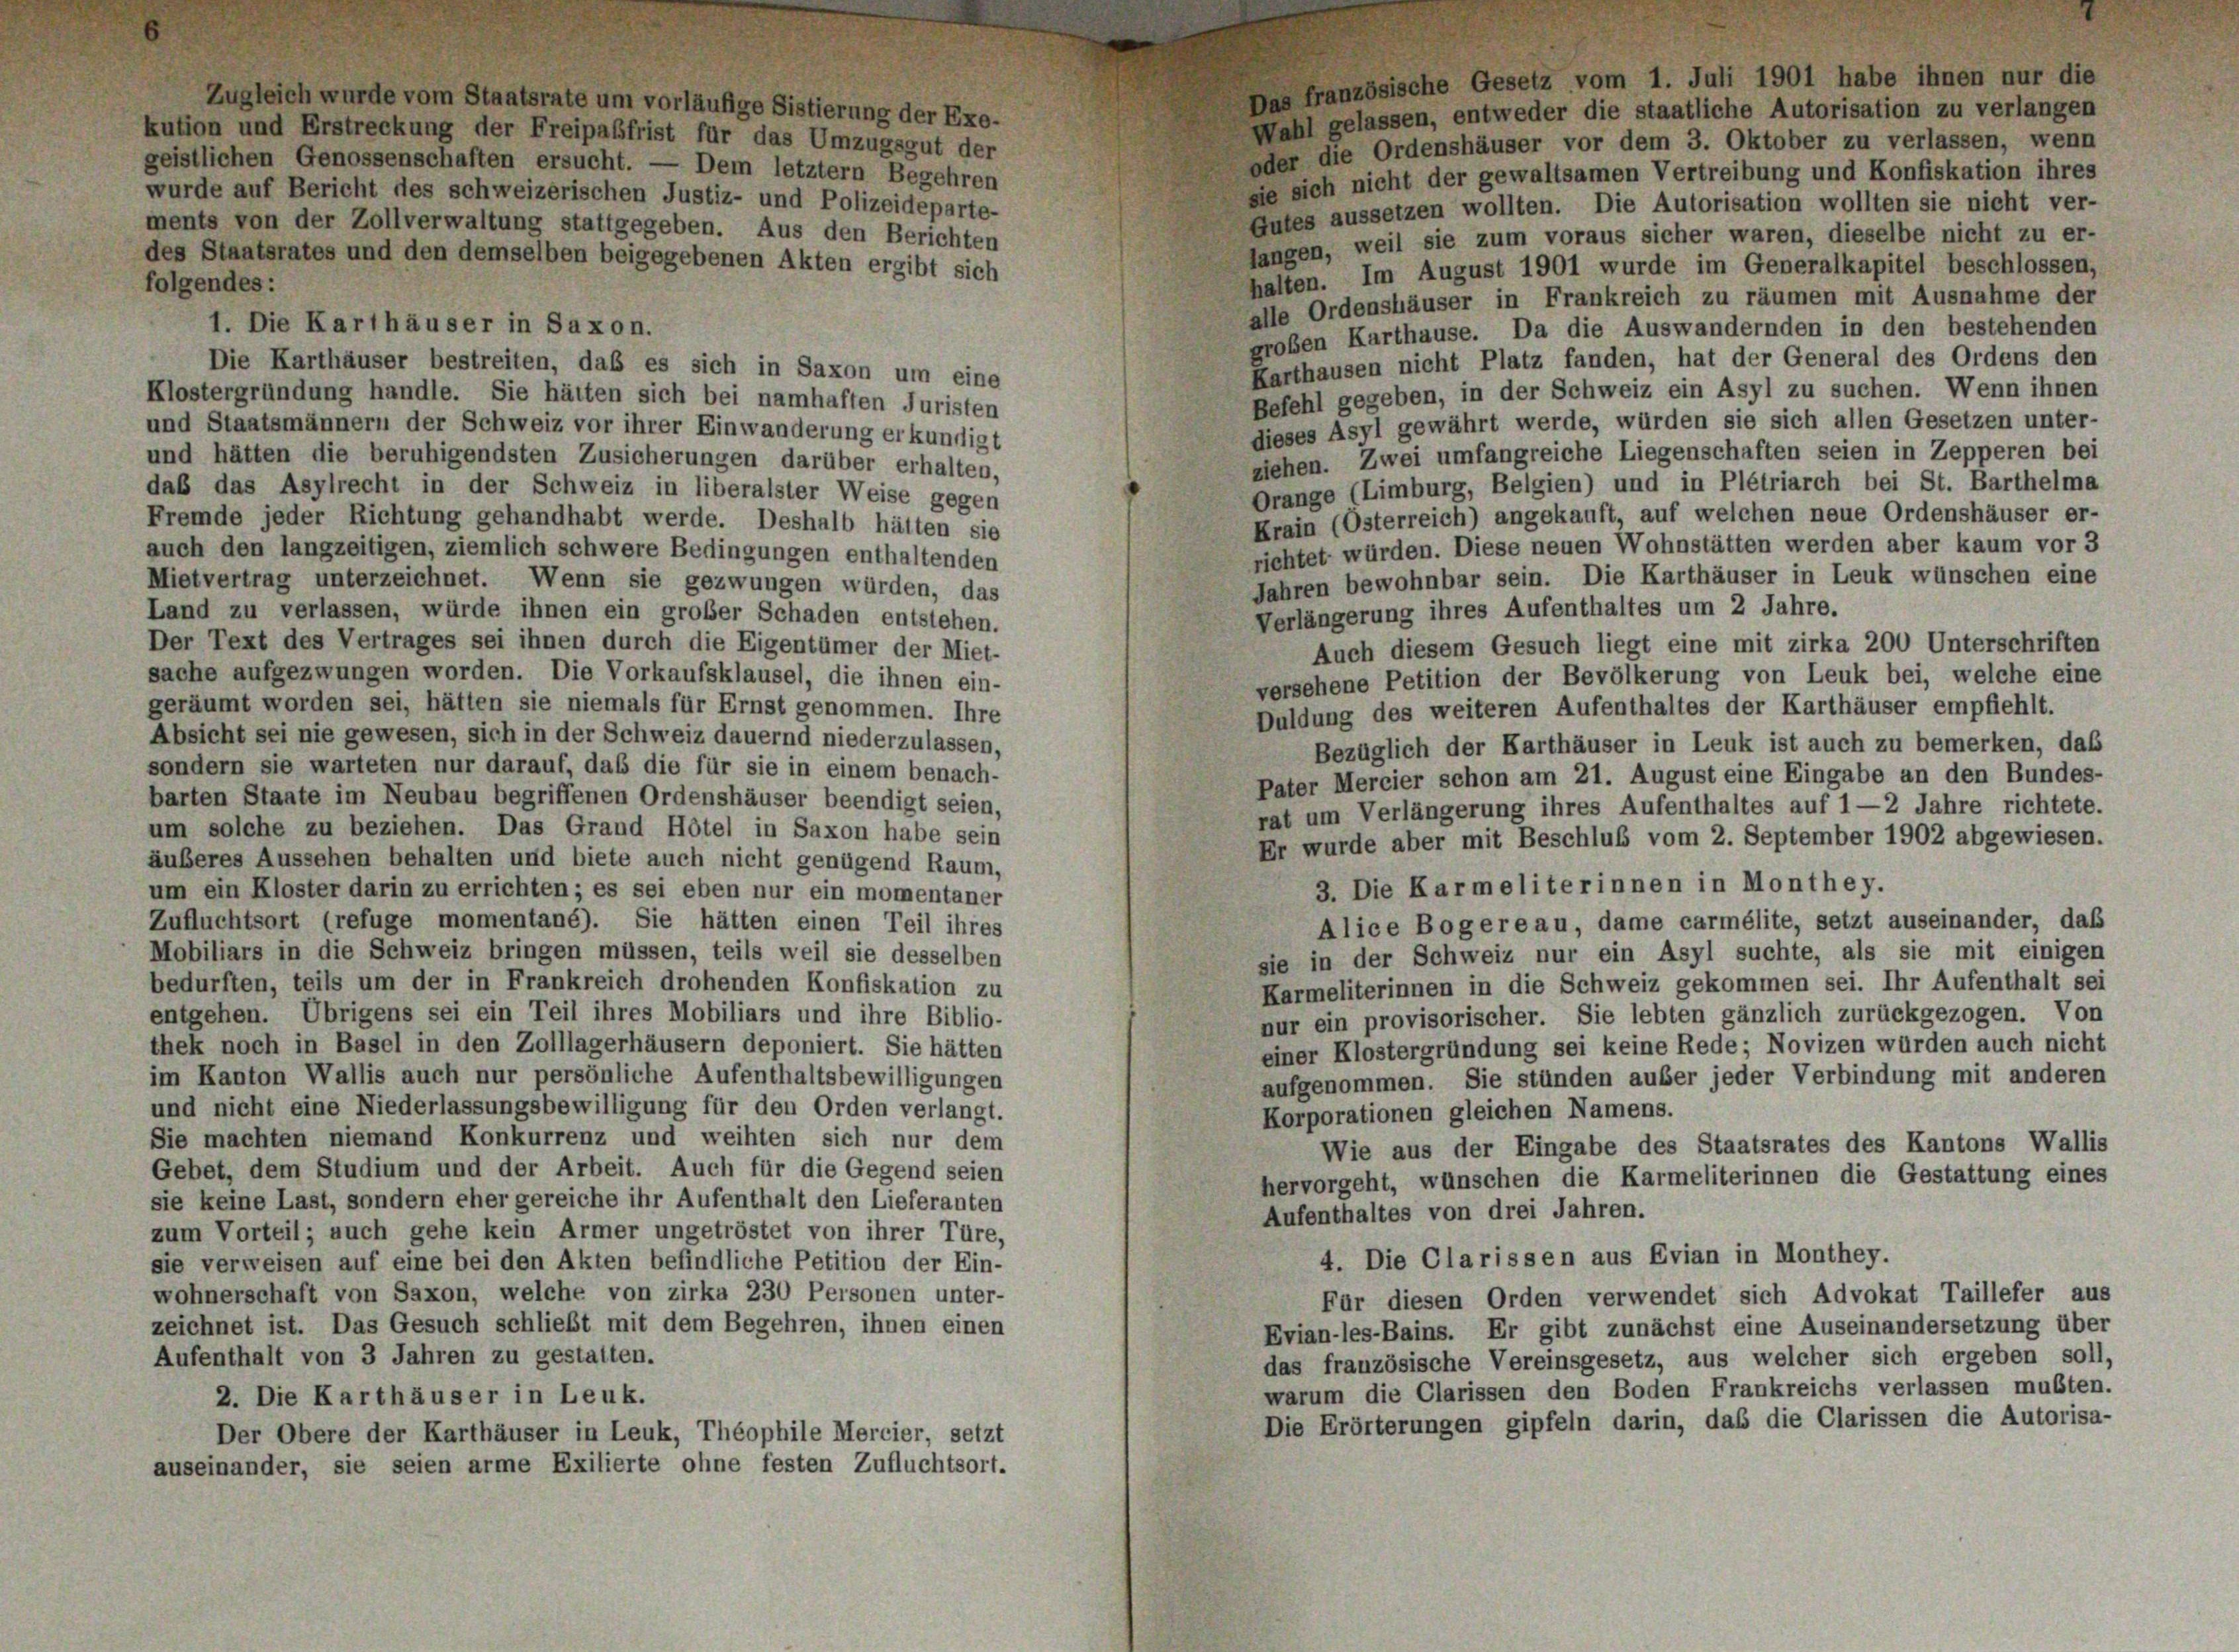
Das französische Gesetz vom 1. Juli 1901 habe ihnen nur die
Zugleich wurde vom Staatsrate um vorläufige Sistierung der Exe-
Wahl gelassen, entweder die staatliche Autorisation zu verlangen
kution und Erstreckung der Freipabfrist für das Umzugsgut der
oder die Ordenshäuser vor dem 3. Oktober zu verlassen, wenn
geistlichen Genossenschaften ersucht. — Dem letztem Begehren
sie sich nicht der gewaltsamen Vertreibung und Konfiskation ihres
wurde auf Bericht des schweizerischen Justiz- und Polizeideparte-
Gutes aussetzen wollten. Die Autorisation wollten sie nicht ver-
ments von der Zollverwaltung stattgegeben. Aus den Berichten
langen, weil sie zum voraus sicher waren, dieselbe nicht zu er-
des Staatsrates und den demselben beigegebenen Akten ergibt sich
halten. Im August 1901 wurde im Generalkapitel beschlossen,
folgendes:
alle Ordenshäuser in Frankreich zu räumen mit Ausnahme der
1. Die Karthäuser in Saxon.
großen Karthause. Da die Auswandernden in den bestehenden
Karthausen nicht Platz fanden, hat der General des Ordens den
Die Karthäuser bestreiten, daß es sich in Saxon um eine
Befehl gegeben, in der Schweiz ein Asyl zu suchen. Wenn ihnen
Klostergründung handle. Sie hätten sich bei namhaften Juristen
dieses Asyl gewährt werde, würden sie sich allen Gesetzen unter-
und Staatsmännern der Schweiz vor ihrer Einwanderung erkundigt
ziehen. Zwei umfangreiche Liegenschaften seien in Zepperen bei
und hätten die beruhigendsten Zusicherungen darüber erhalten,
Orange (Limburg, Belgien) und in Plétriarch bei St. Barthelma
daß das Asylrecht in der Schweiz in liberalster Weise gegen
Krain (Osterreich) angekauft, auf welchen neue Ordenshäuser er-
Fremde jeder Richtung gehandhabt werde. Deshalb hätten sie
richtet würden. Diese neuen Wohnstätten werden aber kaum vor 3
auch den langzeitigen, ziemlich schwere Bedingungen enthaltenden
Jahren bewohnbar sein. Die Karthäuser in Leuk wünschen eine
Mietvertrag unterzeichnet. Wenn sie gezwungen würden, das
Verlängerung ihres Aufenthaltes um 2 Jahre.
Land zu verlassen, würde ihnen ein großer Schaden entstehen.
Der Text des Vertrages sei ihnen durch die Eigentümer der Miet-
Auch diesem Gesuch liegt eine mit zirka 200 Unterschriften
sache aufgezwungen worden. Die Vorkaufsklausel, die ihnen ein-
versehene Petition der Bevölkerung von Leuk bei, welche eine
geräumt worden sei, hätten sie niemals für Ernst genommen. Ihre
Duldung des weiteren Aufenthaltes der Karthäuser empfiehlt.
Absicht sei nie gewesen, sich in der Schweiz dauernd niederzulassen,
Bezüglich der Karthäuser in Leuk ist auch zu bemerken, das
sondern sie warteten nur darauf, das die für sie in einem benach-
Pater Mercier schon am 21. August eine Eingabe an den Bundes-
barten Staate im Neubau begriffenen Ordenshäuser beendigt seien,
rat um Verlängerung ihres Aufenthaltes auf 1 —2 Jahre richtete.
um solche zu beziehen. Das Grand Hôtel in Saxon habe sein
Er wurde aber mit Beschluß vom 2. September 1902 abgewiesen.
äuberes Aussehen behalten und biete auch nicht genügend Raum,
3. Die Karmeliterinnen in Monthey.
um ein Kloster darin zu errichten; es sei eben nur ein momentaner
Zufluchtsort (refüge momentané). Sie hätten einen Teil ihres
Alice Bogereau, dame carmélite, setzt auseinander, das
Mobiliars in die Schweiz bringen müssen, teils weil sie desselben
sie in der Schweiz nur ein Asyl suchte, als sie mit einigen
bedurften, teils um der in Frankreich drohenden Konfiskation zu
Karmeliterinnen in die Schweiz gekommen sei. Ihr Aufenthalt sei
entgehen. Übrigens sei ein Teil ihres Mobiliars und ihre Biblio-
nur ein provisorischer. Sie lebten gänzlich zurückgezogen. Von
thek noch in Basel in den Zolllagerhäusern deponiert. Sie hätten
einer Klostergründung sei keine Rede; Novizen würden auch nicht
im Kanton Wallis auch nur persönliche Aufenthaltsbewilligungen
aufgenommen. Sie stünden außer jeder Verbindung mit anderen
und nicht eine Niederlassungsbewilligung für den Orden verlangt.
Korporationen gleichen Namens.
Sie machten niemand Konkurrenz und weihten sich nur dem
Wie aus der Eingabe des Staatsrates des Kantons Wallis
Gebet, dem Studium und der Arbeit. Auch für die Gegend seien
hervorgeht, wünschen die Karmeliterinnen die Gestattung eines
sie keine Last, sondern eher gereiche ihr Aufenthalt den Lieferanten
Aufenthaltes von drei Jahren.
zum Vorteil; auch gehe kein Armer ungetröstet von ihrer Türe,
4. Die Clarissen aus Evian in Monthey.
sie verweisen auf eine bei den Akten befindliche Petition der Ein-
wohnerschaft von Saxon, welche von zirka 230 Personen unter-
Für diesen Orden verwendet sich Advokat Taillefer aus
zeichnet ist. Das Gesuch schließt mit dem Begehren, ihnen einen
Evian-les-Bains. Er gibt zunächst eine Auseinandersetzung über
Aufenthalt von 3 Jahren zu gestatten.
das französische Vereinsgesetz, aus welcher sich ergeben soll,
warum die Clarissen den Boden Frankreichs verlassen mußten.
2. Die Karthäuser in Leuk.
Die Erörterungen gipfeln darin, daß die Clarissen die Autorisa-
Der Obere der Karthäuser in Leuk, Théophile Mercier, setzt
auseinander, sie seien arme Exilierte ohne festen Zufluchtsort.